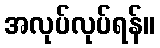
အလုပ်လုပ်ရန်။